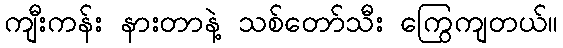
ကျီးကန်း နားတာနဲ့ သစ်တော်သီး ကြွေကျတယ်။